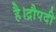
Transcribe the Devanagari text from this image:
है।द्रौपदी